Vaccination in Bombay 1874-1876 - 1874-1876
Year: 1874
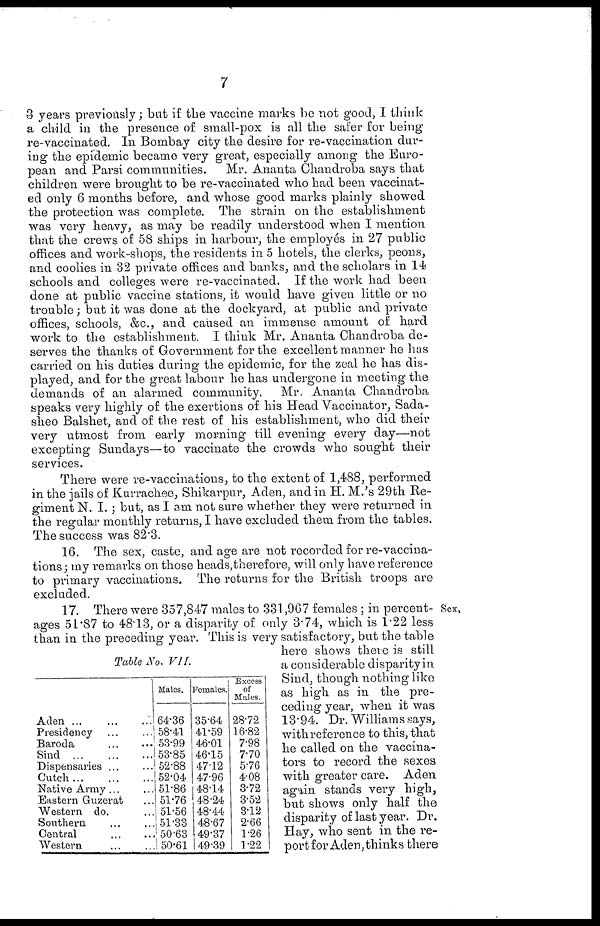
7
3 years previously; but if the vaccine marks be not good, I think
a child in the presence of small-pox is all the safer for being
re-vaccinated. In Bombay city the desire for re-vaccination dur-
ing the epidemic became very great, especially among the Euro-
pean and Parsi communities. Mr. Ananta Chandroba says that
children were brought to be re-vaccinated who had been vaccinat-
ed only 6 months before, and whose good marks plainly showed
the protection was complete. The strain on the establishment
was very heavy, as may be readily understood when I mention
that the crews of 58 ships in harbour, the employés in 27 public
offices and work-shops, the residents in 5 hotels, the clerks, peons,
and coolies in 32 private offices and banks, and the scholars in 14
schools and colleges were re-vaccinated. If the work had been
done at public vaccine stations, it would have given little or no
trouble; but it was done at the dockyard, at public and private
offices, schools, &c., and caused an immense amount of hard
work to the establishment. I think Mr. Ananta Chandroba de-
serves the thanks of Government for the excellent manner he has
carried on his duties during the epidemic, for the zeal he has dis-
played, and for the great labour he has undergone in meeting the
demands of an alarmed community. Mr. Ananta Chandroba
speaks very highly of the exertions of his Head Vaccinator, Sada¬
sheo Balshet, and of the rest of his establishment, who did their
very utmost from early morning till evening every day—not
excepting Sundays—to vaccinate the crowds who sought their
services.
There were re-vaccinations, to the extent of 1,488, performed
in the jails of Kurrachee, Shikarpur, Aden, and in H. M.'s 29th Re-
giment N. I. ; but, as I am not sure whether they were returned in
the regular monthly returns, I have excluded them from the tables.
The success was 82.3.
16. The sex, caste, and age are not recorded for re-vaccina-
tions; my remarks on those heads,therefore, will only have reference
to primary vaccinations. The returns for the British troops are
excluded.
Sex.
Table No, VII.
Aden ...
...
...
Presidency ... ...
Baroda ... ...
Sind ...
...
...
Dispensaries ... ...
Cutch
...
...
...
Native Army ...
Eastern Guzerat ...
Western do. ...
Southern ... ...
Central
...
...
Western ... ...
Males.
64.36
58.41
53.99
53.85
52.88
52.04
51.86
51.76
51.56
51.33
50.63
50.61
Females.
35.64
41.59
46.01
46.15
47.12
47.96
48.14
48.24
48.44
48.67
49.37
49.39
Excess
of
Males.
28.72
16.82
7.98
7.70
5.76
4.08
3.72
3.52
3.12
2.66
1.26
1.22
17. There were 357,847 males to 331,967 females ; in percent-
ages 51.87 to 48.13, or a disparity of only 3.74, which is 1.22 less
than in the preceding year. This is very satisfactory, but the table
here shows there is still
a considerable disparity in.
Sind, though nothing like
as high as in the pre-
ceding year, when it was
13.94. Dr. Williams says,
withreference to this, that
he called on the vaccina-
tors to record the sexes
with greater care. Aden
again stands very high,
but shows only half the
disparity of last year. Dr.
Hay, who sent in the re-
port for Aden, thinks there